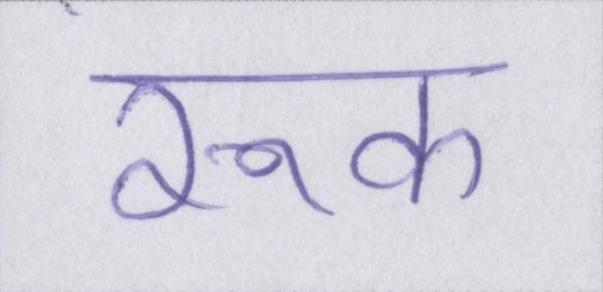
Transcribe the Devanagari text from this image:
रूक